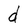
Character: d